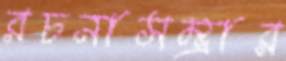
রচনাসম্ভার